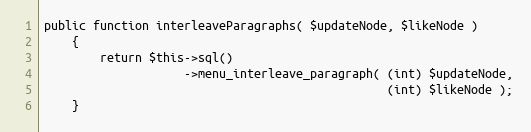
Language: PHP
public function interleaveParagraphs( $updateNode, $likeNode )
    {
        return $this->sql()
                    ->menu_interleave_paragraph( (int) $updateNode,
                                                 (int) $likeNode );
    }